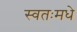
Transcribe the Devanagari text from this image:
स्वतःमधे